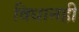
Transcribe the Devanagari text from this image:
विधानही